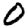
Digit: 0